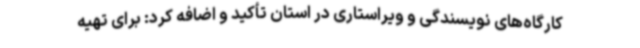
کارگاه‌های نویسندگی و ویراستاری در استان تأکید و اضافه کرد: برای تهیه